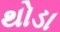
થોડા